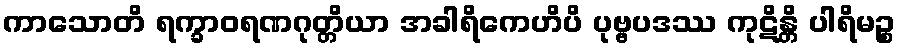
ကာသောတိ ရက္ခာဝရဏဂုတ္တိယာ အခါရိကေဟိပိ ပုဗ္ဗပဒဿ ကုဋိန္တိ ပါရိမဉ္စ